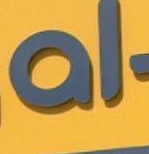
al